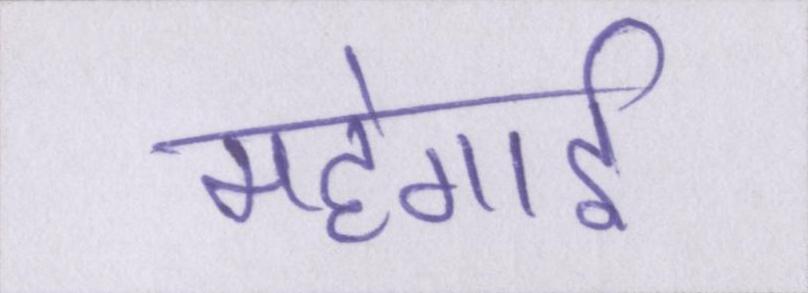
महंगार्इ